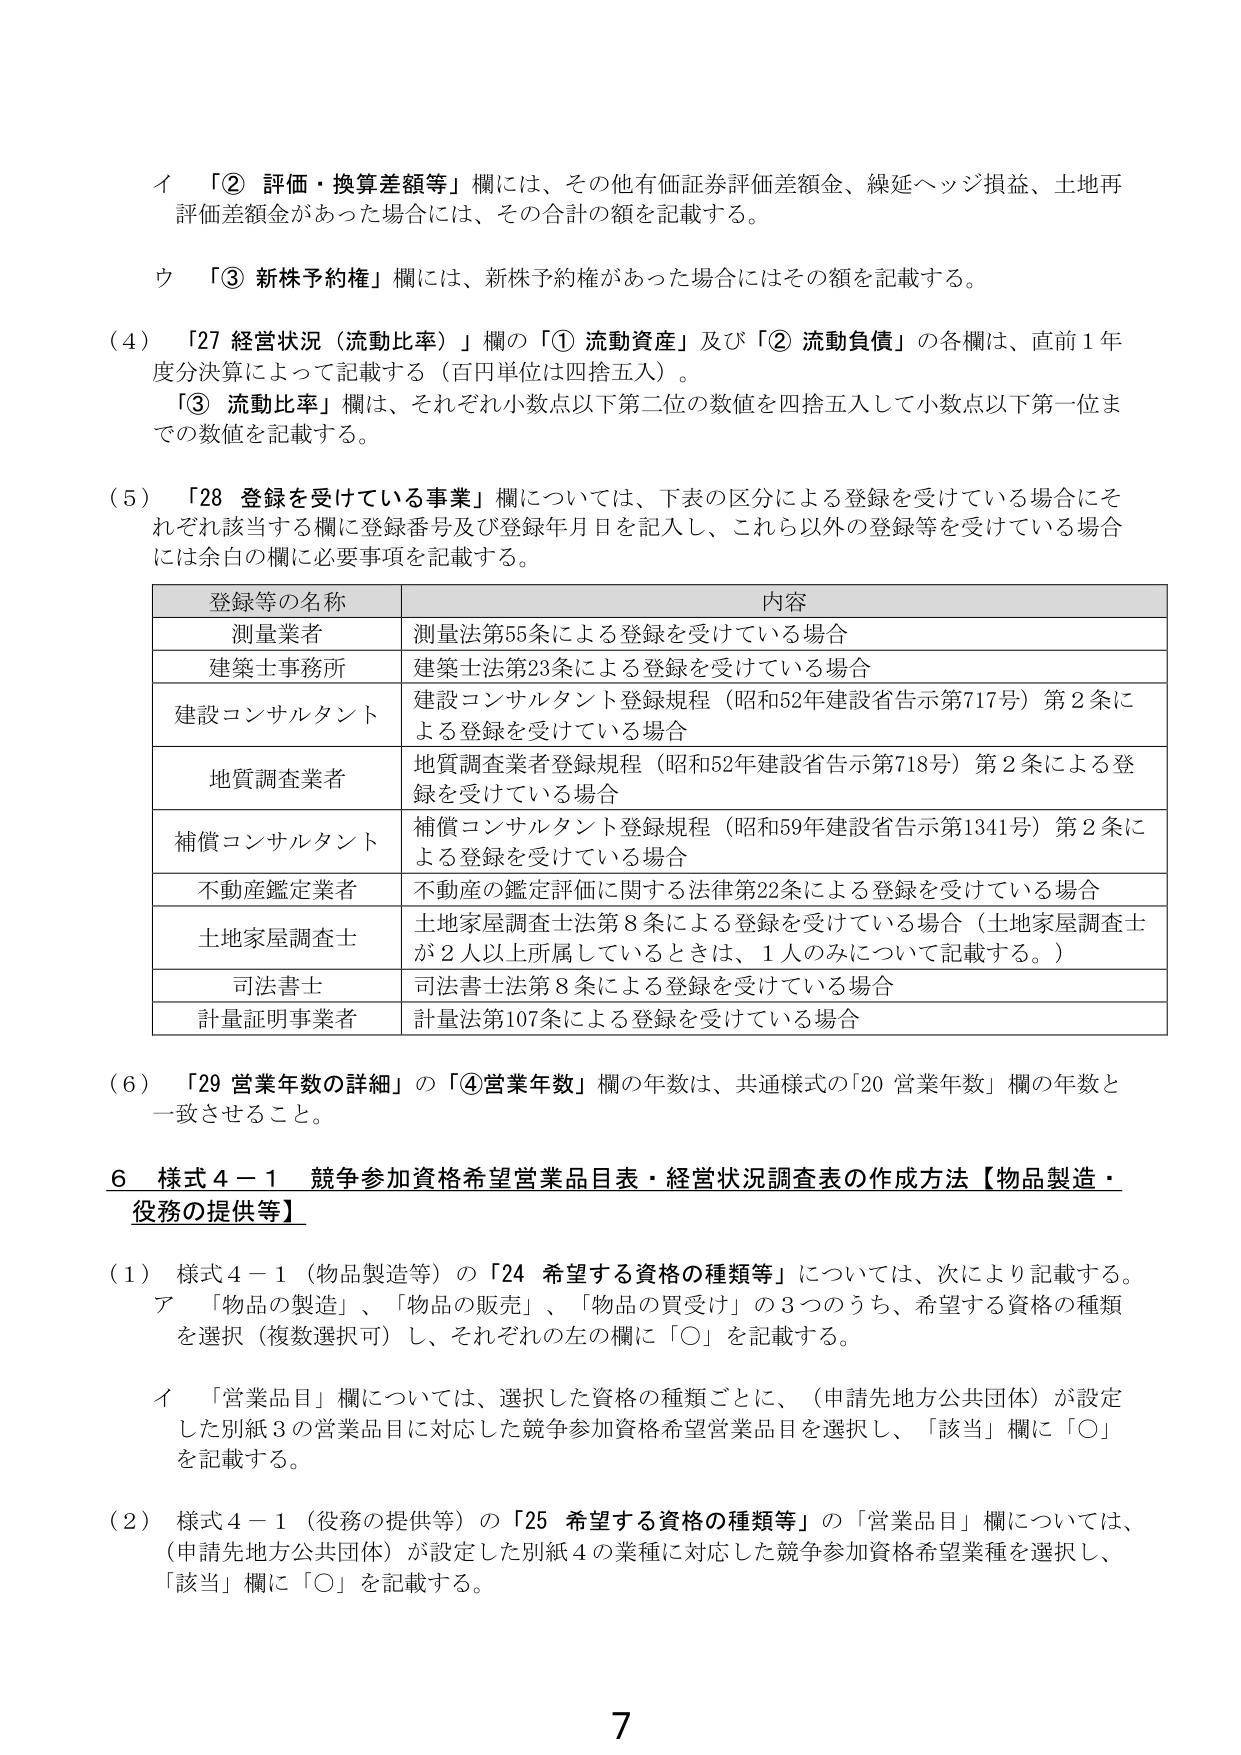
イ 「② 評価・換算差額等」欄には、その他有価証券評価差額金、繰延ヘッジ損益、土地再評価差額金があった場合には、その合計の額を記載する。

ウ 「③ 新株予約権」欄には、新株予約権があった場合にはその額を記載する。

（4）「27 経営状況（流動比率）」欄の「① 流動資産」及び「② 流動負債」の各欄は、直前1年度分決算によって記載する（百円単位は四捨五入）。

「③ 流動比率」欄は、それぞれ小数点以下第二位の数値を四捨五入して小数点以下第一位までの数値を記載する。

（5）「28 登録を受けている事業」欄については、下表の区分による登録を受けている場合にそれぞれ該当する欄に登録番号及び登録年月日を記入し、これら以外の登録等を受けている場合には余白の欄に必要事項を記載する。

| 登録等の名称 | 内容 |
|--------------|------|
| 測量業者 | 測量法第55条による登録を受けている場合 |
| 建築士事務所 | 建築士法第23条による登録を受けている場合 |
| 建設コンサルタント | 建設コンサルタント登録規程（昭和52年建設省告示第717号）第2条による登録を受けている場合 |
| 地質調査業者 | 地質調査業者登録規程（昭和52年建設省告示第718号）第2条による登録を受けている場合 |
| 補償コンサルタント | 補償コンサルタント登録規程（昭和59年建設省告示第1341号）第2条による登録を受けている場合 |
| 不動産鑑定業者 | 不動産の鑑定評価に関する法律第22条による登録を受けている場合 |
| 土地家屋調査士 | 土地家屋調査士法第8条による登録を受けている場合（土地家屋調査士が2人以上所属しているときは、1人のみについて記載する。） |
| 司法書士 | 司法書士法第8条による登録を受けている場合 |
| 計量証明事業者 | 計量法第107条による登録を受けている場合 |

（6）「29 営業年数の詳細」の「④営業年数」欄の年数は、共通様式の「20 営業年数」欄の年数と一致させること。

6 様式4－1 競争参加資格希望営業品目表・経営状況調査表の作成方法【物品製造・役務の提供等】

（1）様式4－1（物品製造等）の「24 希望する資格の種類等」については、次により記載する。

ア 「物品の製造」、「物品の販売」、「物品の買受け」の3つのうち、希望する資格の種類を選択（複数選択可）し、それぞれの左の欄に「○」を記載する。

イ 「営業品目」欄については、選択した資格の種類ごとに、（申請先地方公共団体）が設定した別紙3の営業品目に対応した競争参加資格希望営業品目を選択し、「該当」欄に「○」を記載する。

（2）様式4－1（役務の提供等）の「25 希望する資格の種類等」の「営業品目」欄については、（申請先地方公共団体）が設定した別紙4の業種に対応した競争参加資格希望業種を選択し、「該当」欄に「○」を記載する。

7